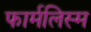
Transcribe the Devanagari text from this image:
फार्मलिस्म